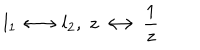
l _ { 1 } \longleftrightarrow l _ { 2 } , \; z \longleftrightarrow \frac 1 z